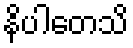
နိပါတေသိ